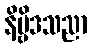
နိဗ္ဗိဒသညာ